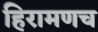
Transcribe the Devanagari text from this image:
हिरामणच